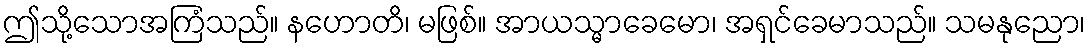
ဤသို့သောအကြံသည်။ နဟောတိ၊ မဖြစ်။ အာယသ္မာခေမော၊ အရှင်ခေမာသည်။ သမနုညော၊